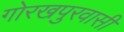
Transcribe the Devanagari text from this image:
गोरखपुरवासी